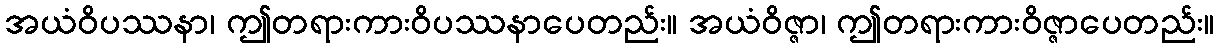
အယံဝိပဿနာ၊ ဤတရားကားဝိပဿနာပေတည်း။ အယံဝိဇ္ဇာ၊ ဤတရားကားဝိဇ္ဇာပေတည်း။